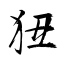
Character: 狃